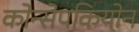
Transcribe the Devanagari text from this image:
कोन्सेपकियोन